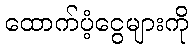
ထောက်ပံ့ငွေများကို